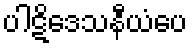
ပါဋိဒေသနီယံပေ